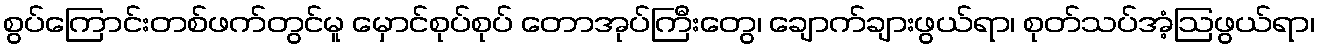
စွပ်ကြောင်းတစ်ဖက်တွင်မူ မှောင်စုပ်စုပ် တောအုပ်ကြီးတွေ၊ ချောက်ချားဖွယ်ရာ၊ စုတ်သပ်အံ့ဩဖွယ်ရာ၊